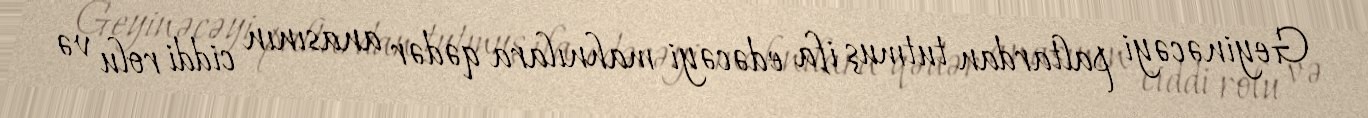
Geyinəcəyi paltardan tutmuş ifa edəcəyi mahnılara qədər anasının ciddi rolu və